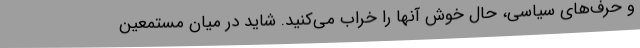
و حرف‌های سیاسی، حال خوش آنها را خراب می‌کنید. شاید در میان مستمعین